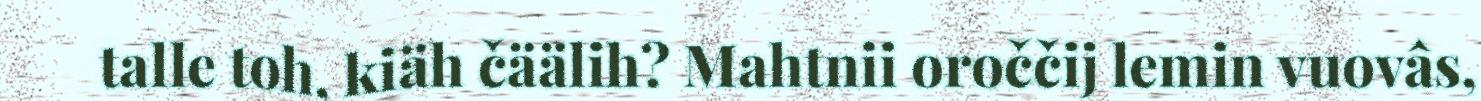
talle toh, kiäh čäälih? Mahtnii oroččij lemin vuovâs,